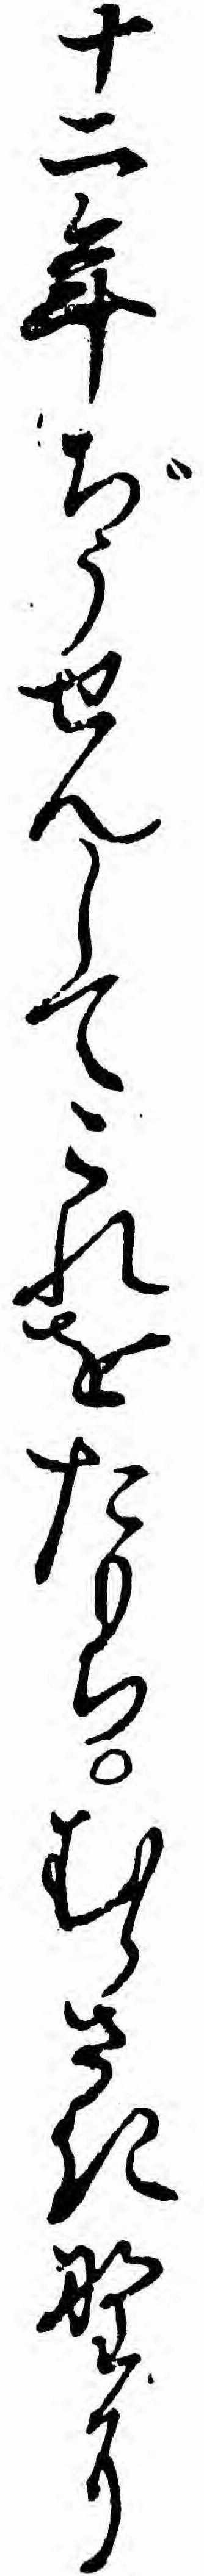
十二年ぢうせんしてこれをたもちむらさき野に